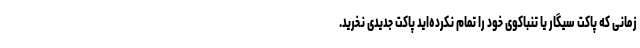
زمانی که پاکت سیگار یا تنباکوی خود را تمام نکرده‌اید پاکت جدیدی نخرید.